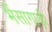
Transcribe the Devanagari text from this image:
भैंसागाड़ी